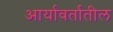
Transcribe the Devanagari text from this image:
आर्यावर्तातील